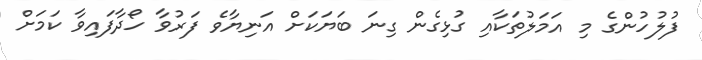
ފުލުހުންގެ މި އަމަލުތަކާއި ގުޅިގެން ގިނަ ބަޔަކަށް އަނިޔާވެ ފަރުވާ ހޯދާފައިވާ ކަމަށް